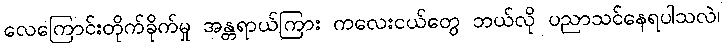
လေကြောင်းတိုက်ခိုက်မှု အန္တရာယ်ကြား ကလေးငယ်တွေ ဘယ်လို ပညာသင်နေရပါသလဲ၊